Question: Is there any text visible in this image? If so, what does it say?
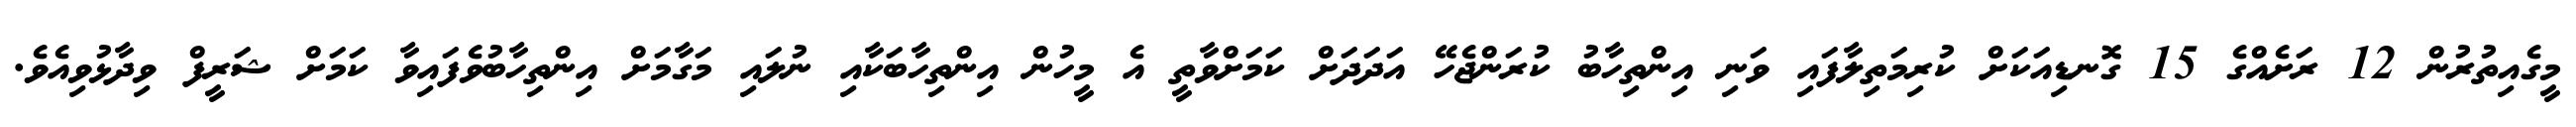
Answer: މީގެއިތުރުން 12 ރަށެއްގެ 15 ގޮނޑިއަކަށް ކުރިމަތިލާފައި ވަނި އިންތިހާބު ކުރަންޖެހޭ އަދަދަށް ކަމަށްވާތީ އެ މީހުން އިންތިހާބަކާއި ނުލައި މަގާމަށް އިންތިހާބުވެފައިވާ ކަމަށް ޝަރީފް ވިދާޅުވިއެވެ.